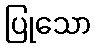
ပြုသော